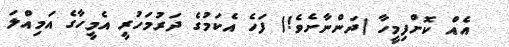
އެއް ކޮށްފިމީހާ (ދަންނާށެވެ!) ފަހެ އެކަމުގެ ދަރުމަހުރީ އެމީހާގެ އަމިއްލަ